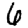
Digit: 6